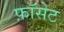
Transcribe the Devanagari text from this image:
फ़ॉसेट